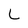
Character: L